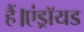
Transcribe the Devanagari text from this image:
हैं।एंड्रॉयड